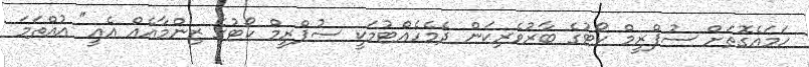
ހަމައެގޮތަށް ސުޕްރީމް ކޯޓުގެ ބާރުވެރިކަން ދެމެހެއްޓުމަކީ ސުޕްރީމް ކޯޓުގެ ޒިންމާއެއް އެއީ" އުއްތަމަ